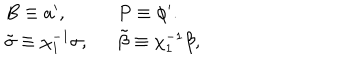
\left. \begin{array} { l l } { { B \equiv a ^ { \prime } , \ \ } } & { { P \equiv \phi ^ { \prime } . } } \\ { { \tilde { \sigma } \equiv \chi _ { 1 } ^ { - 1 } \sigma , \ \ } } & { { \tilde { \beta } \equiv \chi _ { 1 } ^ { - 1 } \beta , } } \\ \end{array} \right.